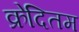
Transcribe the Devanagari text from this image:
क्रेदितम